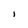
Character: l